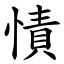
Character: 㥽